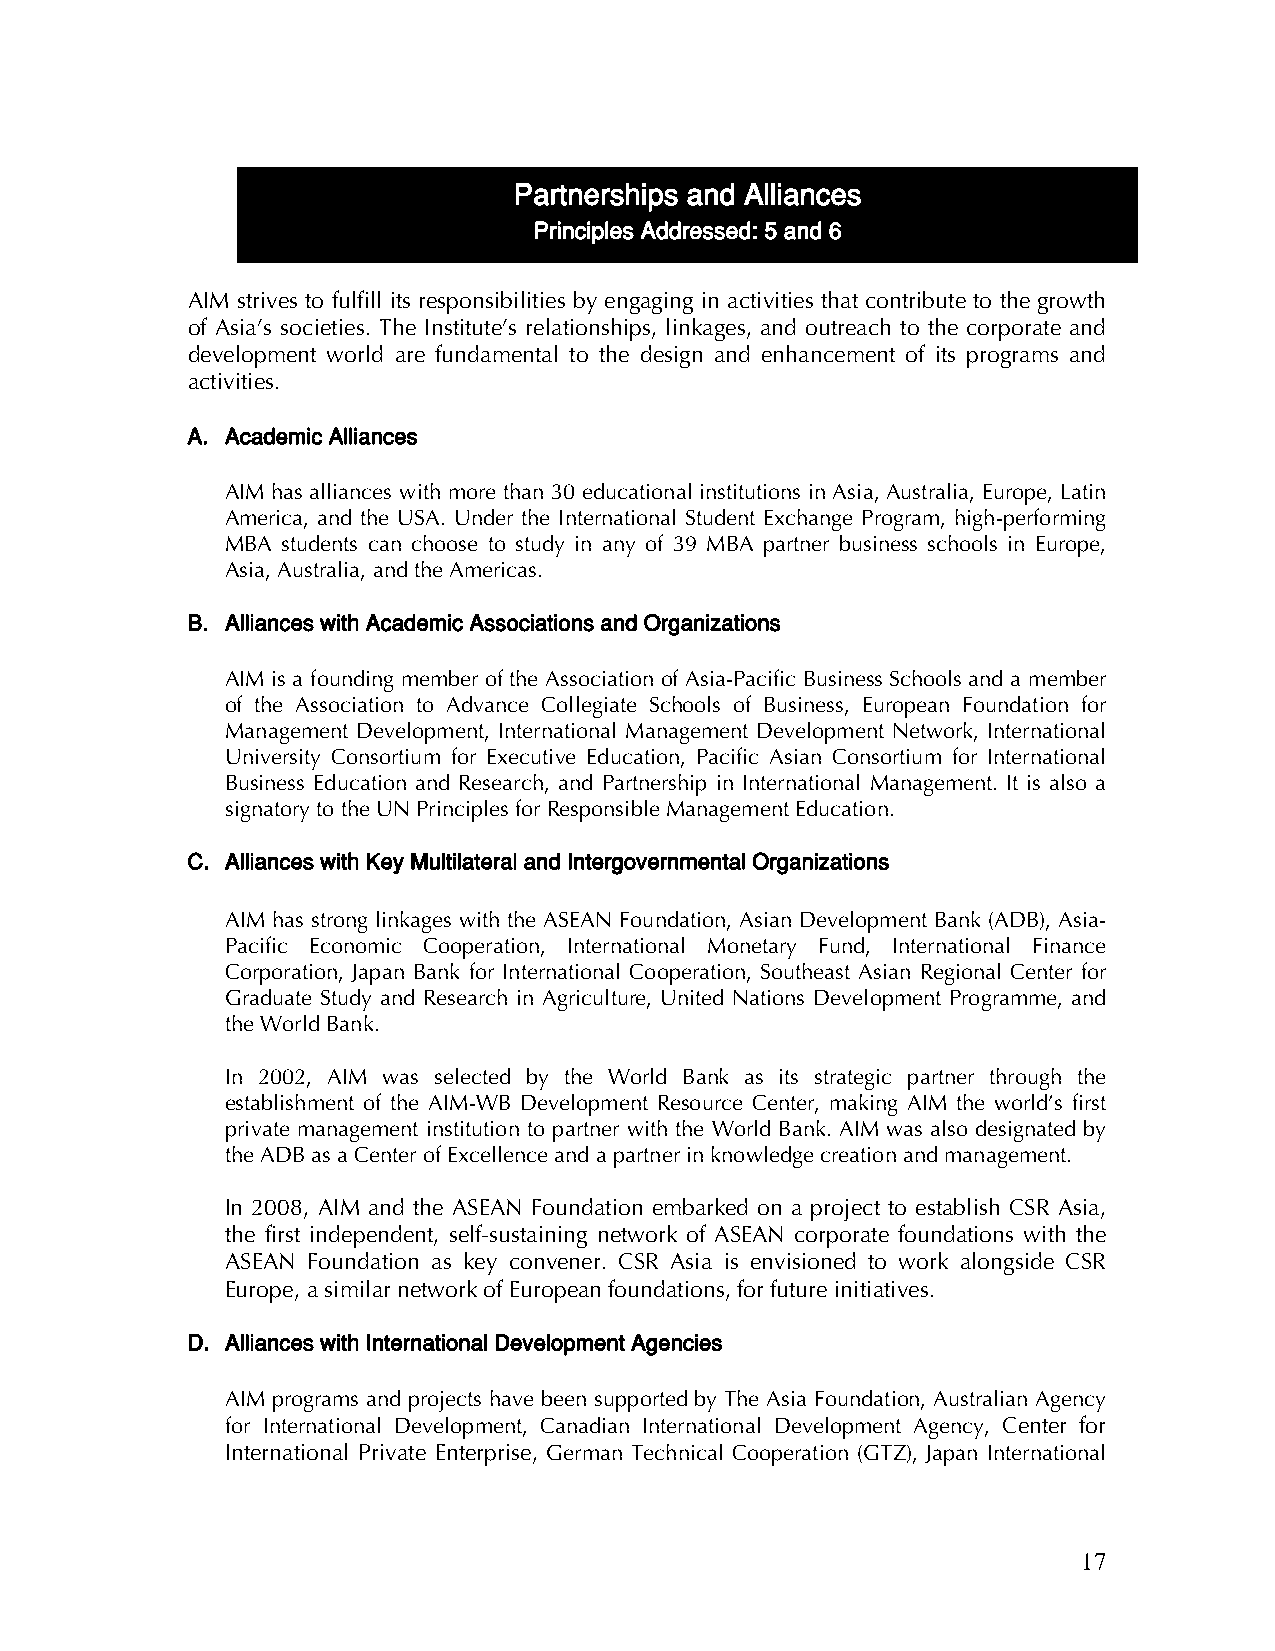
Partnerships and Alliances
 Principles Addressed: 5 and 6
 AIM strives to fulfill its responsibilities by engaging in activities that contribute to the growth
 of Asia’s societies. The Institute’s relationships, linkages, and outreach to the corporate and
 development world are fundamental to the design and enhancement of its programs and
 activities.
 A. Academic Alliances
 AIM has alliances with more than 30 educational institutions in Asia, Australia, Europe, Latin
 America, and the USA. Under the International Student Exchange Program, high-performing
 MBA students can choose to study in any of 39 MBA partner business schools in Europe,
 Asia, Australia, and the Americas.
 B. Alliances with Academic Associations and Organizations
 AIM is a founding member of the Association of Asia-Pacific Business Schools and a member
 of the Association to Advance Collegiate Schools of Business, European Foundation for
 Management Development, International Management Development Network, International
 University Consortium for Executive Education, Pacific Asian Consortium for International
 Business Education and Research, and Partnership in International Management. It is also a
 signatory to the UN Principles for Responsible Management Education.
 C. Alliances with Key Multilateral and Intergovernmental Organizations
 AIM has strong linkages with the ASEAN Foundation, Asian Development Bank (ADB), Asia-
 Pacific Economic Cooperation, International Monetary Fund, International Finance
 Corporation, Japan Bank for International Cooperation, Southeast Asian Regional Center for
 Graduate Study and Research in Agriculture, United Nations Development Programme, and
 the World Bank.
 In 2002, AIM was selected by the World Bank as its strategic partner through the
 establishment of the AIM-WB Development Resource Center, making AIM the world’s first
 private management institution to partner with the World Bank. AIM was also designated by
 the ADB as a Center of Excellence and a partner in knowledge creation and management.
 In 2008, AIM and the ASEAN Foundation embarked on a project to establish CSR Asia,
 the first independent, self-sustaining network of ASEAN corporate foundations with the
 ASEAN Foundation as key convener. CSR Asia is envisioned to work alongside CSR
 Europe, a similar network of European foundations, for future initiatives.
 D. Alliances with International Development Agencies
 AIM programs and projects have been supported by The Asia Foundation, Australian Agency
 for International Development, Canadian International Development Agency, Center for
 International Private Enterprise, German Technical Cooperation (GTZ), Japan International
 17